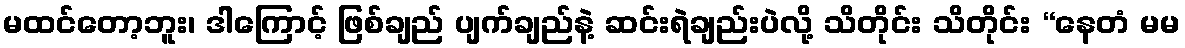
မထင်တော့ဘူး၊ ဒါကြောင့် ဖြစ်ချည် ပျက်ချည်နဲ့ ဆင်းရဲချည်းပဲလို့ သိတိုင်း သိတိုင်း “နေတံ မမ